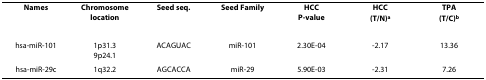
<table><thead><tr><td><b>Names</b></td><td><b>Chromosome location</b></td><td><b>Seed seq.</b></td><td><b>Seed Family</b></td><td><b>HCCP-value</b></td><td><b>HCC(T/N)<sup>a</sup></b></td><td><b>TPA(T/C)<sup>b</sup></b></td></tr></thead><tbody><tr><td>hsa-miR-101</td><td>1p31.39p24.1</td><td>ACAGUAC</td><td>miR-101</td><td>2.30E-04</td><td>-2.17</td><td>13.36</td></tr><tr><td>hsa-miR-29c</td><td>1q32.2</td><td>AGCACCA</td><td>miR-29</td><td>5.90E-03</td><td>-2.31</td><td>7.26</td></tr></tbody></table>